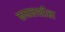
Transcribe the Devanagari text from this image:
कमलशील